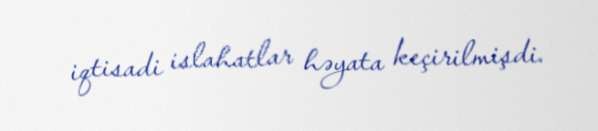
iqtisadi islahatlar həyata keçirilmişdi.